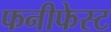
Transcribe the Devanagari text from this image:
फनीफेस्ट